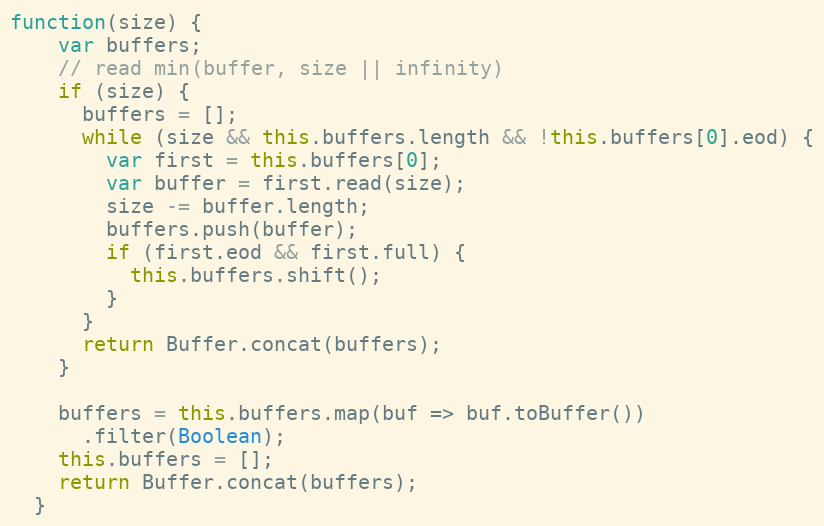
Language: JavaScript
function(size) {
    var buffers;
    // read min(buffer, size || infinity)
    if (size) {
      buffers = [];
      while (size && this.buffers.length && !this.buffers[0].eod) {
        var first = this.buffers[0];
        var buffer = first.read(size);
        size -= buffer.length;
        buffers.push(buffer);
        if (first.eod && first.full) {
          this.buffers.shift();
        }
      }
      return Buffer.concat(buffers);
    }

    buffers = this.buffers.map(buf => buf.toBuffer())
      .filter(Boolean);
    this.buffers = [];
    return Buffer.concat(buffers);
  }